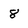
Character: 8